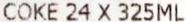
COKE 24 X 325ML